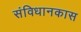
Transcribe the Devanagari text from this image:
संविधानकास